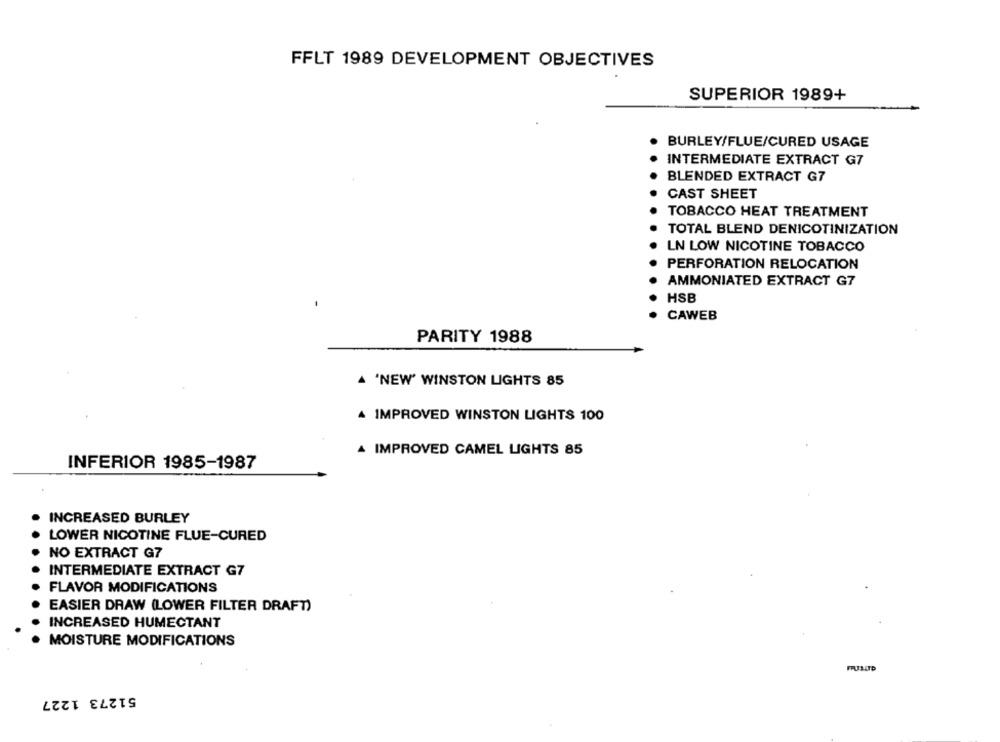
FFLT 1989 DEVELOPMENT OBJECTIVES
SUPERIOR 1989+
BURLEY/FLUE/CURED USAGE
INTERMEDIATE EXTRACT G7
BLENDED EXTRACT G7
CAST SHEET
TOBACCO HEAT TREATMENT
TOTAL BLEND DENICOTINIZATION
LN LOW NICOTINE TOBACCO
PERFORATION RELOCATION
AMMONIATED EXTRACT G7
HSB
CAWEB
PARITY 1988
'NEW' WINSTON LIGHTS 85
IMPROVED WINSTON LIGHTS 100
IMPROVED CAMEL LIGHTS 85
INFERIOR 1985-1987
INCREASED BURLEY
LOWER NICOTINE FLUE-CURED
NO EXTRACT G7
INTERMEDIATE EXTRACT G7
FLAVOR MODIFICATIONS
EASIER DRAW (LOWER FILTER DRAFT)
INCREASED HUMECTANT
MOISTURE MODIFICATIONS
51273 1227